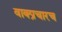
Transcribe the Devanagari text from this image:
वाक्प्रचारच